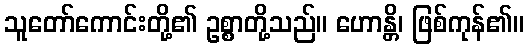
သူတော်ကောင်းတို့၏ ဥစ္စာတို့သည်။ ဟောန္တိ၊ ဖြစ်ကုန်၏။